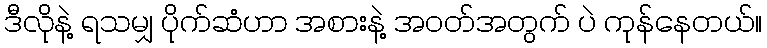
ဒီလိုနဲ့ ရသမျှ ပိုက်ဆံဟာ အစားနဲ့ အဝတ်အတွက် ပဲ ကုန်နေတယ်။